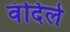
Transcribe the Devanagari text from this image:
वंदिले